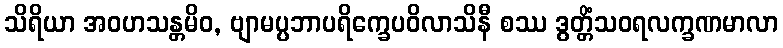
သိရိယာ အဝဟသန္တမိဝ, ဗျာမပ္ပဘာပရိက္ခေပဝိလာသိနီ စဿ ဒွတ္တိံသဝရလက္ခဏမာလာ